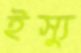
ইস্যু